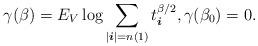
LaTeX: \begin{align*} \gamma ( \beta ) = E_V \log \sum_{| \boldsymbol{i} | = n(1) } t_{ \boldsymbol{i} } ^{ \beta /2 } , \gamma (\beta_0 ) = 0 .\end{align*}